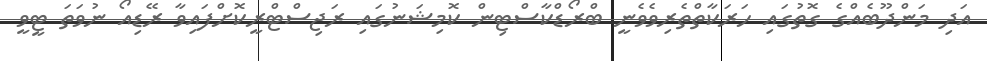
އަދި މަންދޫބެއްގެ ގޮތުގައި ހަރަކާތްތެރިވެވެނީ ބްރޯޑްކާސްޓިން ކޮމިޝަނުގައި ރަޖިސްޓްރީކޮށްފައިވާ ރޭޑިއޯ ނުވަތަ ޓީވީ